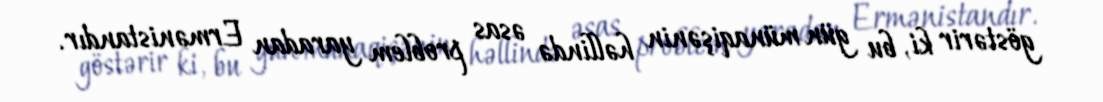
göstərir ki, bu gün münaqişənin həllində əsas problem yaradan Ermənistandır.